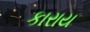
કારાય